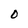
Character: O